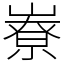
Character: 嶚